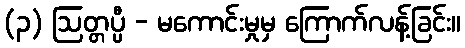
(၃) ဩတ္တပ္ပီ - မကောင်းမှုမှ ကြောက်လန့်ခြင်း။